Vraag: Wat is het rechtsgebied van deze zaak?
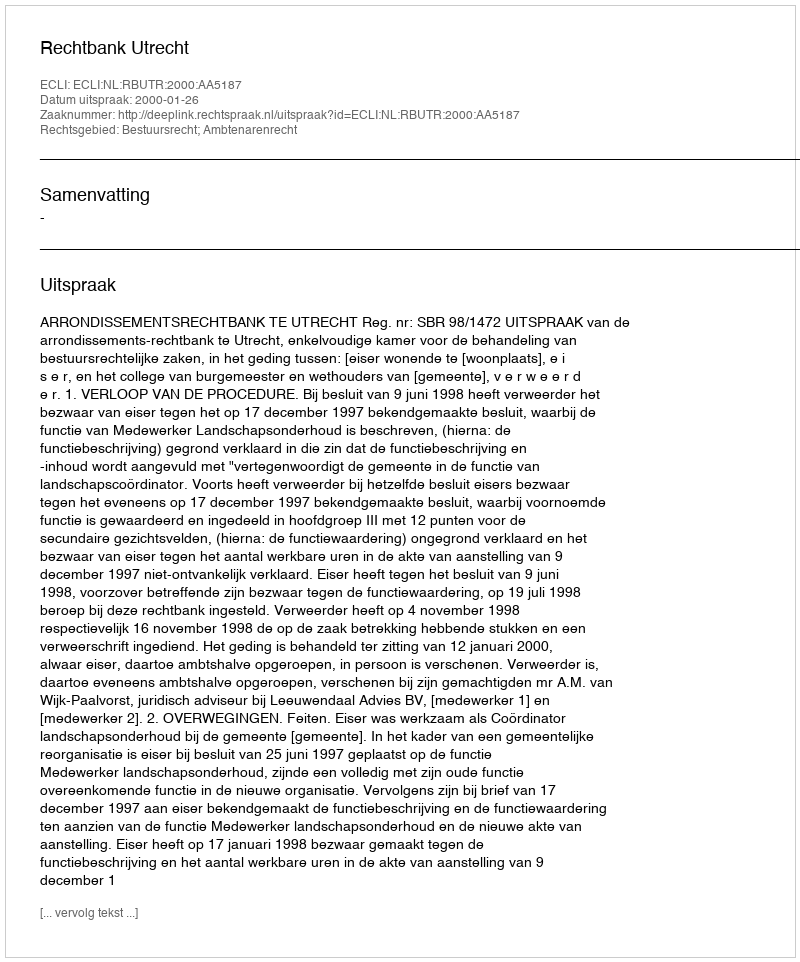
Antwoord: Bestuursrecht; Ambtenarenrecht